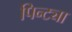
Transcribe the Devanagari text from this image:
पिन्ट्या